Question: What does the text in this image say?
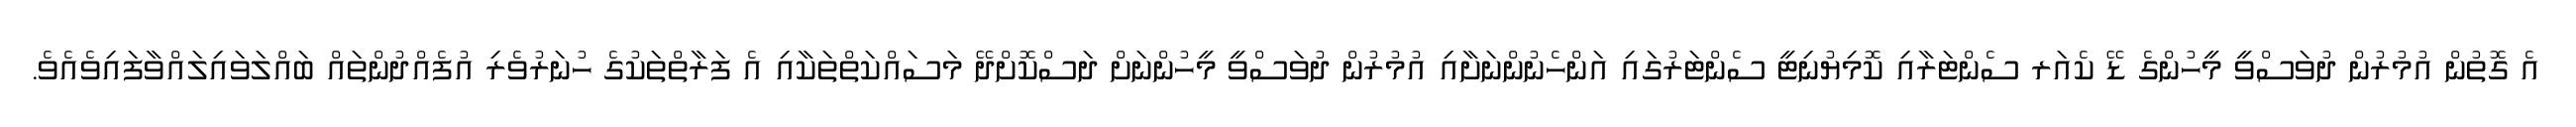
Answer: އެ ގޮތުން އުމުރުން ދުވަސްވީ މީހުންގެ ޑޭ ކެއަރ ސެންޓަރާއި ކޮމިޔުނިޓީ ސެންޓަރުގައި އަންހެނުންނަށާއި އުމުރުން ދުވަސްވީ މީހުންނަށް ދަސްކޮށްދޭ މަސައްކަތްތަކާއި އެ ފަރާތްތަކުގެ ހުނަރުވެރި އުފެއްދުންތައް ބައްލަވައިލައްވާފައިވެއެވެ.